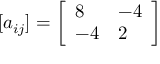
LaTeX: [ a _ { i j } ] = \left[ \begin{array} { l l } { { 8 } } & { { - 4 } } \\ { { - 4 } } & { { 2 } } \end{array} \right]